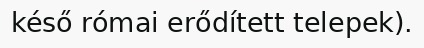
késő római erődített telepek).